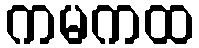
ကမကထ